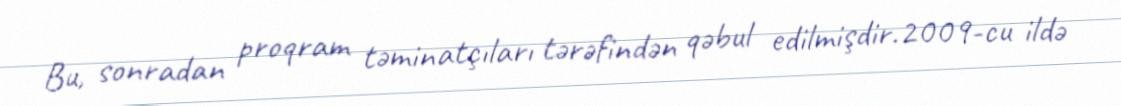
Bu, sonradan proqram təminatçıları tərəfindən qəbul edilmişdir.2009-cu ildə